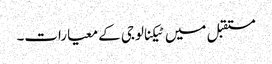
مستقبل میں ٹیکنالوجی کے معیارات۔